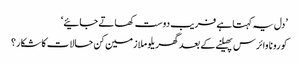
’دل یہ کہتا ہے فریب دوست کھاتے جائیے‘
کورونا وائرس پھیلنے کے بعد گھریلو ملازمین کن حالات کا شکار؟